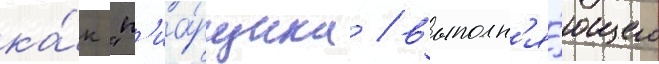
ка́к "п'иа́рщика / выполн'я́ющего